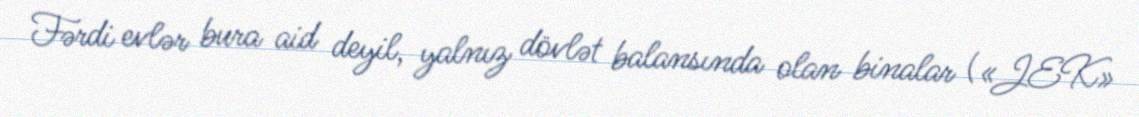
Fərdi evlər bura aid deyil, yalnız dövlət balansında olan binalar («JEK»